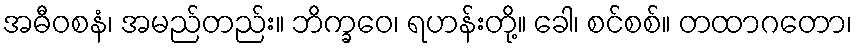
အဓီဝစနံ၊ အမည်တည်း။ ဘိက္ခဝေ၊ ရဟန်းတို့။ ခေါ၊ စင်စစ်။ တထာဂတော၊